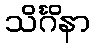
သိင်္ဂိနာ